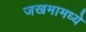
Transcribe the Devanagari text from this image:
जखमामध्ये